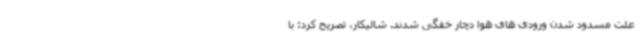
علت مسدود شدن ورودی های هوا دچار خفگی شدند. شالیکار، تصریح کرد: با